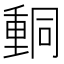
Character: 𨤯